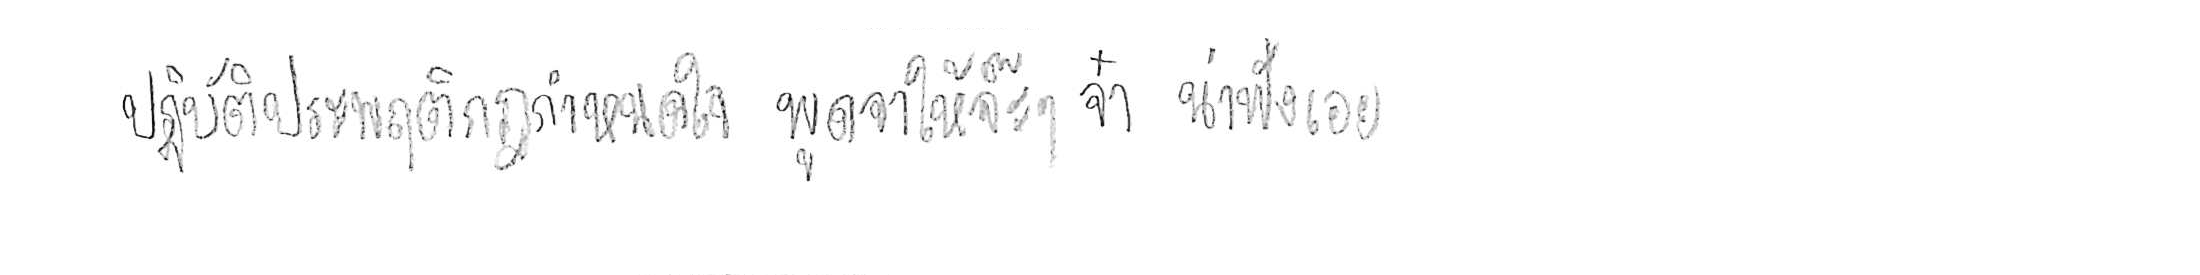
ปฏิบัติประพฤติกฎกำหนดใจ พูดจาให้จ๊ะๆ จ๋า น่าฟังเอยฯ